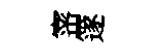
宻篴